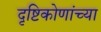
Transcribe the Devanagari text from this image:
दृष्टिकोणांच्या